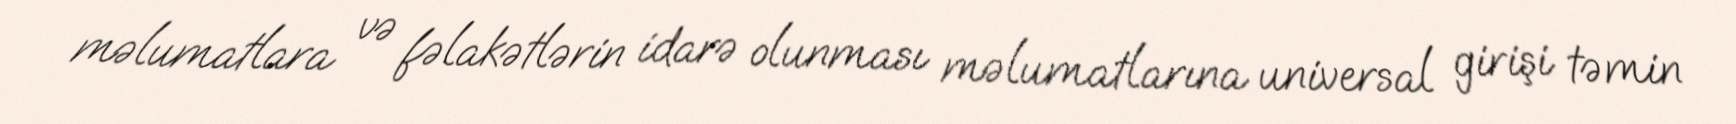
məlumatlara və fəlakətlərin idarə olunması məlumatlarına universal girişi təmin